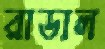
রাডাল